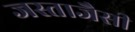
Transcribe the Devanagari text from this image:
जस्ताजैसी